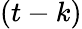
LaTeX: (t-k)